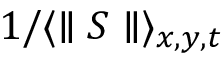
1 / \langle \parallel S \parallel \rangle _ { x , y , t }